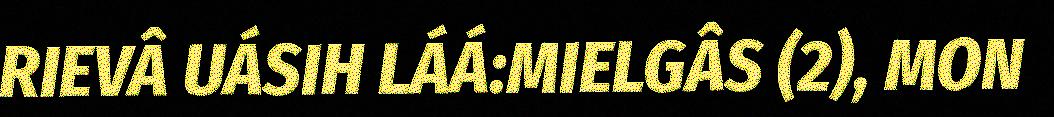
RIEVÂ UÁSIH LÁÁ:MIELGÂS (2), MON